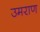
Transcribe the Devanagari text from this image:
उमराण